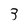
Character: 3